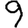
Digit: 9